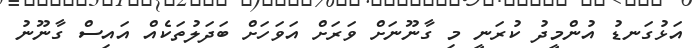
އަޅުގަނޑު އުންމީދު ކުރަނީ މި ގާނޫނަށް ވަރަށް އަވަހަށް ބަދަލުތަކެއް އައިސް ގާނޫނު